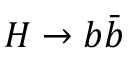
H \rightarrow b \bar { b }